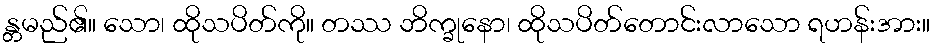
န္တမည်၏။ သော၊ ထိုသပိတ်ကို။ တဿ ဘိက္ခုနော၊ ထိုသပိတ်တောင်းလာသော ရဟန်းအား။